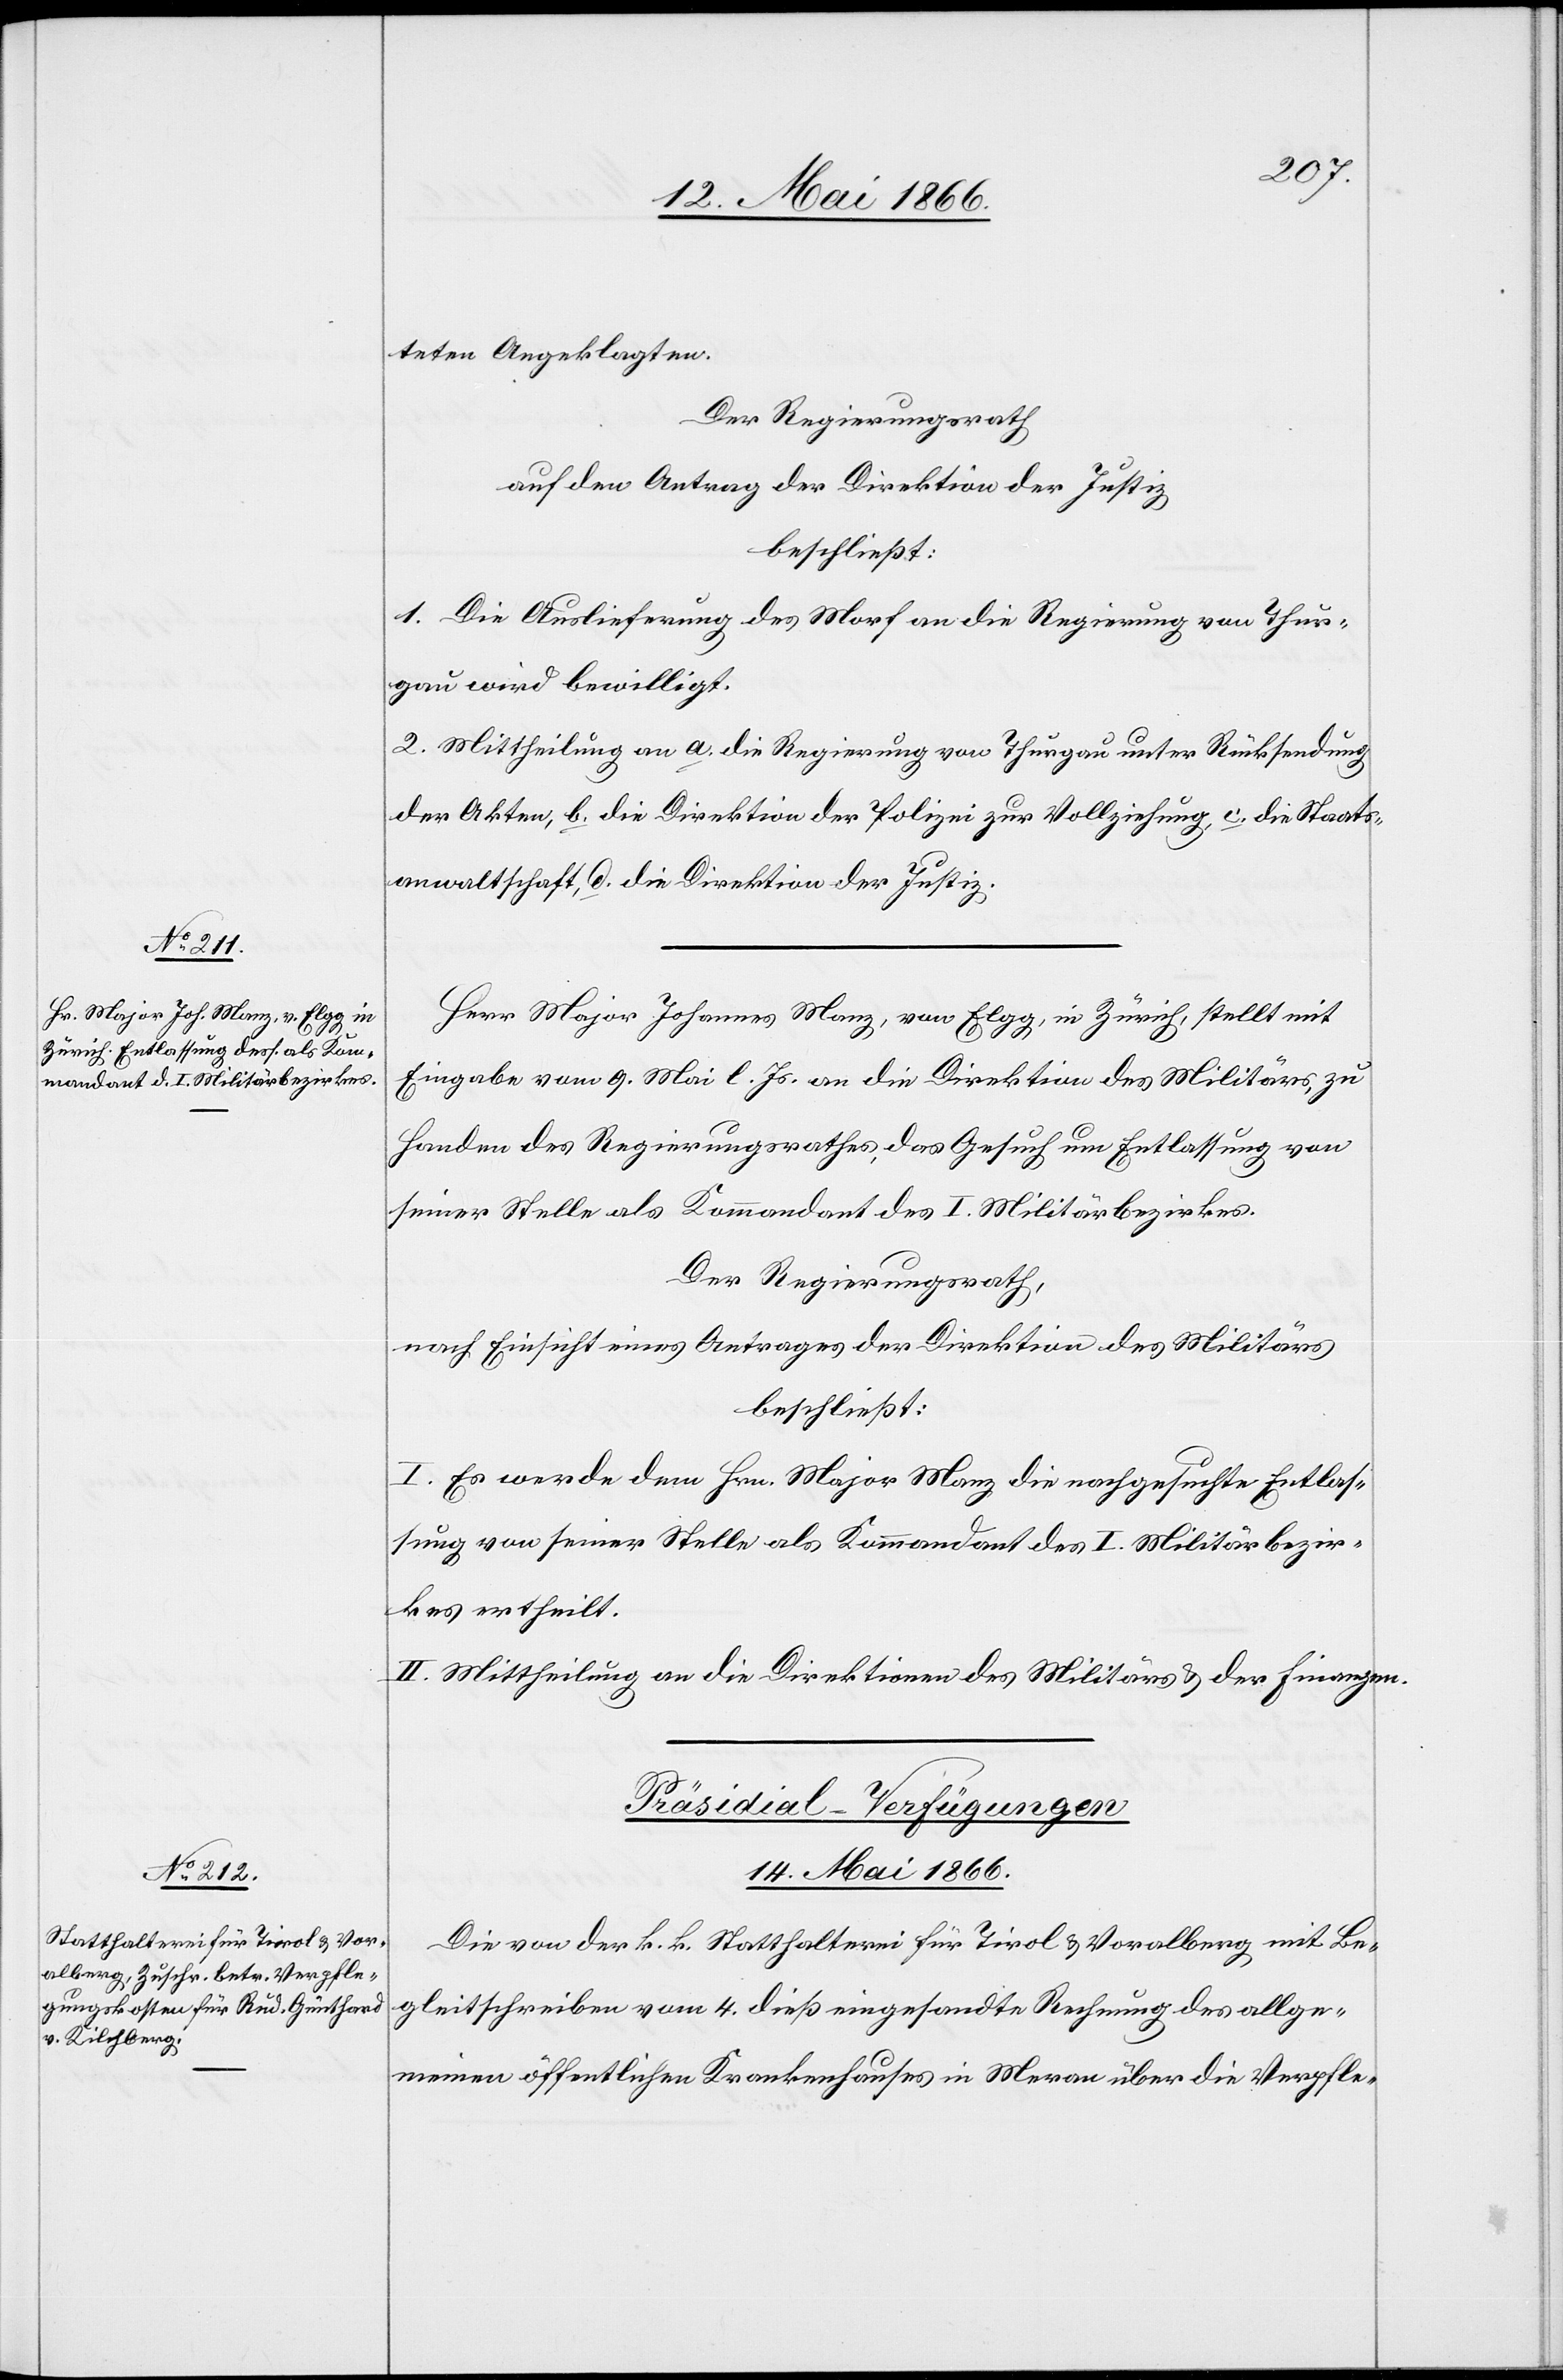
teten Angeklagten.
Der Regierungsrath,
auf den Antrag der Direktion der Justiz,
beschließt:
1. Die Auslieferung des Morf an die Regierung von Thur¬
gau wird bewilligt.
2. Mittheilung an a. die Regierung von Thurgau unter Rücksendung
der Akten, b. die Direktion der Polizei zur Vollziehung, c. die Staats¬
anwaltschaft, d. die Direktion der Justiz.
Herr Major Johannes Manz, von Elgg, in Zürich, stellt mit
Eingabe vom 9. Mai. l. Js. an die Direktion des Militärs, zu
Handen des Regierungsrathes das Gesuch um Entlassung von
seiner Stelle als Kommandant des I. Militärbezirkes.
Der Regierungsrath,
nach Einsicht eines Antrages der Direktion des Militärs
beschließt:
I. Es werde dem Hrn. Major Manz die nachgesuchte Entlas¬
sung von seiner Stelle als Kommandant des I. Militärbezir¬
kes ertheilt.
II. Mittheilung an die Direktionen des Militärs u. der Finanzen.
Präsidial-Verfügungen.
14. Mai 1866.
Die von der k. k. Statthalterei für Tirol u. Vorarlberg mit Be¬
gleitschreiben vom 4. dieß eingesandte Rechnung des allge¬
meinen öffentlichen Krankhauses in Meran über die Verpfle-